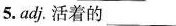
5.adj.活着的 ___